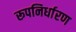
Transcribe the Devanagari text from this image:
रूपनिर्धारण